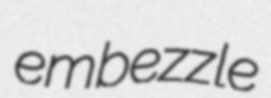
embezzle